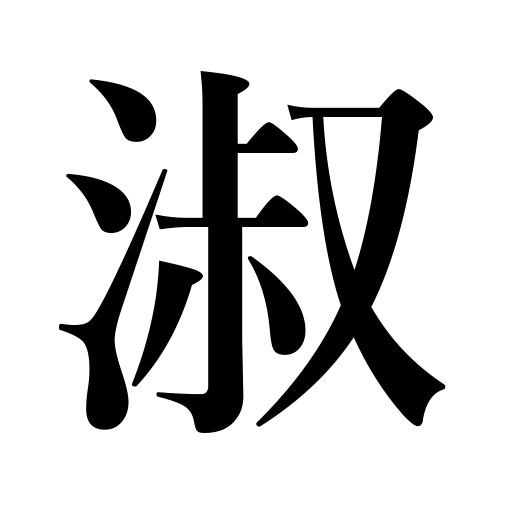
Meanings: polite,gentle,graceful,pure